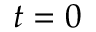
t = 0